Annual report on the Civil Veterinary Department, Burma (including the Insein Veterinary School) - 1910-1922
Year: 1910
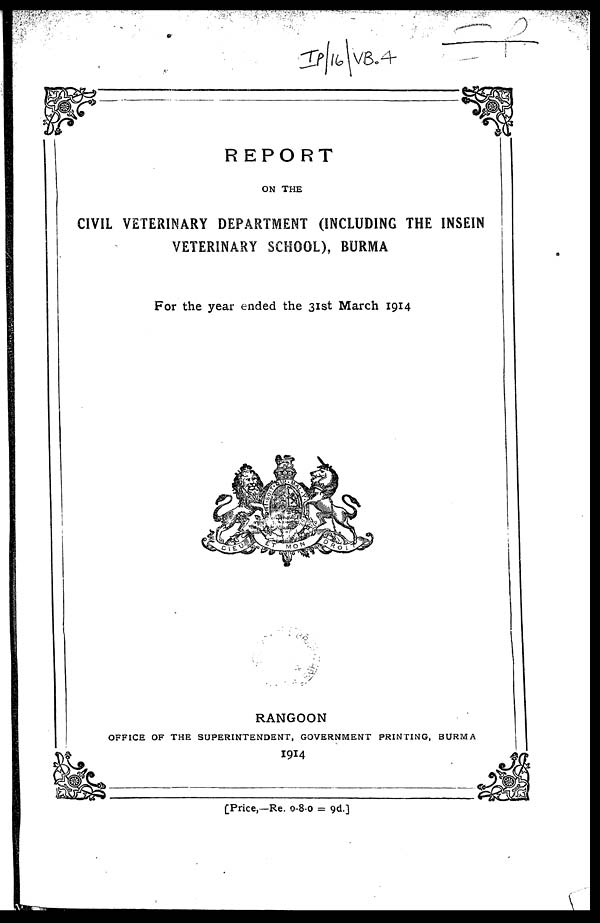
REPORT
ON THE
CIVIL VETERINARY DEPARTMENT (INCLUDING THE INSEIN
VETERINARY SCHOOL), BURMA
For the year ended the 31st March 1914
RANGOON
OFFICE OF THE SUPERINTENDENT, GOVERNMENT PRINTING, BURMA
1914
[Price,—Re. 0-8-0 = 9d.]